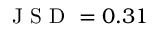
\mathrm { ~ J ~ S ~ D ~ } = 0 . 3 1